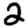
Digit: 2